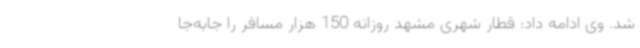
شد. وی ادامه داد: قطار شهری مشهد روزانه 150 هزار مسافر را جابه‌جا